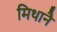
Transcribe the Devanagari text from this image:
मिथानै